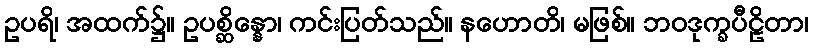
ဥပရိ၊ အထက်၌။ ဥပစ္ဆိန္နော၊ ကင်းပြတ်သည်။ နဟောတိ၊ မဖြစ်။ ဘဝဒုက္ခပီဠိတာ၊